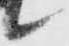
候